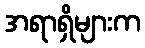
အရာရှိများက